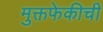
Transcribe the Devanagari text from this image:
मुक्तफेकीची